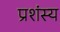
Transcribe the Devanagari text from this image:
प्रशंस्य